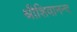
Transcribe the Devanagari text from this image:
श्रीशिवानन्द